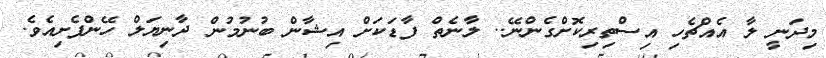
މިދަނީ ލާ އެއްޗެހި އިސްތިރިކޮށްގެންނޭ.. ލާނެތް ފާޑަކަށް އިޝާން ބުނުމުން ދާނިޔަލް ހޭންފެށިއެވެ.